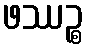
ဖဿဉ္စ